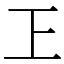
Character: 㠪